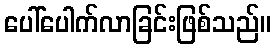
ပေါ်ပေါက်လာခြင်းဖြစ်သည်။